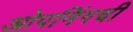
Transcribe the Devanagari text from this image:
ओपनिंगची